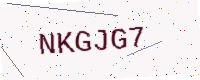
Text: NKGJG7